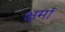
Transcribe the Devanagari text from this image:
क्षर्मा